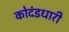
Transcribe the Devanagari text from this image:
कोदंडधारी